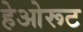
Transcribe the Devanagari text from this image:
हेओरूट